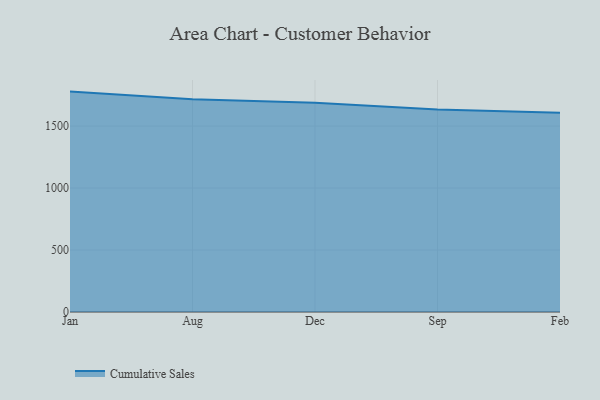
{"axis": {"x": "Month", "y": "Shipments"}, "legend": ["Cumulative Sales"], "data": [{"x": "Jan", "y": 1777.9, "type": "Cumulative Sales"}, {"x": "Aug", "y": 1716.8, "type": "Cumulative Sales"}, {"x": "Dec", "y": 1687.7, "type": "Cumulative Sales"}, {"x": "Sep", "y": 1633.9, "type": "Cumulative Sales"}, {"x": "Feb", "y": 1606.3, "type": "Cumulative Sales"}]}